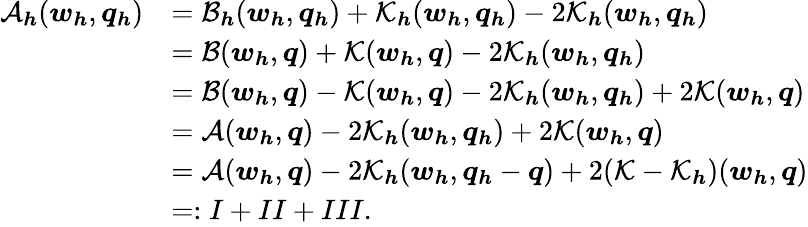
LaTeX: \begin{array}{rl}{\mathcal{A}_{\boldsymbol{h}}(\boldsymbol{w}_{\boldsymbol{h}},\boldsymbol{q}_{\boldsymbol{h}})}&{=\mathcal{B}_{\boldsymbol{h}}(\boldsymbol{w}_{\boldsymbol{h}},\boldsymbol{q}_{\boldsymbol{h}})+\mathcal{K}_{\boldsymbol{h}}(\boldsymbol{w}_{\boldsymbol{h}},\boldsymbol{q}_{\boldsymbol{h}})-2\mathcal{K}_{\boldsymbol{h}}(\boldsymbol{w}_{\boldsymbol{h}},\boldsymbol{q}_{\boldsymbol{h}})}\\ &{=\mathcal{B}(\boldsymbol{w}_{\boldsymbol{h}},\boldsymbol{q})+\mathcal{K}(\boldsymbol{w}_{\boldsymbol{h}},\boldsymbol{q})-2\mathcal{K}_{\boldsymbol{h}}(\boldsymbol{w}_{\boldsymbol{h}},\boldsymbol{q}_{\boldsymbol{h}})}\\ &{=\mathcal{B}(\boldsymbol{w}_{\boldsymbol{h}},\boldsymbol{q})-\mathcal{K}(\boldsymbol{w}_{\boldsymbol{h}},\boldsymbol{q})-2\mathcal{K}_{\boldsymbol{h}}(\boldsymbol{w}_{\boldsymbol{h}},\boldsymbol{q}_{\boldsymbol{h}})+2\mathcal{K}(\boldsymbol{w}_{\boldsymbol{h}},\boldsymbol{q})}\\ &{=\mathcal{A}(\boldsymbol{w}_{\boldsymbol{h}},\boldsymbol{q})-2\mathcal{K}_{\boldsymbol{h}}(\boldsymbol{w}_{\boldsymbol{h}},\boldsymbol{q}_{\boldsymbol{h}})+2\mathcal{K}(\boldsymbol{w}_{\boldsymbol{h}},\boldsymbol{q})}\\ &{=\mathcal{A}(\boldsymbol{w}_{\boldsymbol{h}},\boldsymbol{q})-2\mathcal{K}_{\boldsymbol{h}}(\boldsymbol{w}_{\boldsymbol{h}},\boldsymbol{q}_{\boldsymbol{h}}-\boldsymbol{q})+2(\mathcal{K}-\mathcal{K}_{\boldsymbol{h}})(\boldsymbol{w}_{\boldsymbol{h}},\boldsymbol{q})}\\ &{=:I+II+III.}\end{array}